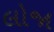
લોજા